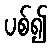
ပစ်၍